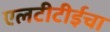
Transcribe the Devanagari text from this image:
एलटीटीईचा